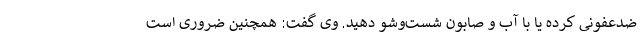
ضدعفونی کرده یا با آب و صابون شست‌وشو دهید. وی گفت: همچنین ضروری است